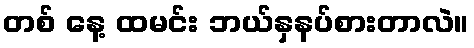
တစ် နေ့ ထမင်း ဘယ်နှနပ်စားတာလဲ။